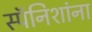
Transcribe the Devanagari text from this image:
स्पॅनिशांना